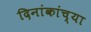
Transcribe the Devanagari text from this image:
दिनांकांच्या